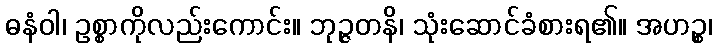
ဓနံဝါ၊ ဥစ္စာကိုလည်းကောင်း။ ဘုဉ္ဇတနိ၊ သုံးဆောင်ခံစားရ၏။ အဟဉ္စ၊